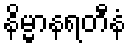
နိမ္မာနရတီနံ